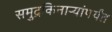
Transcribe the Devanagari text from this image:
समुद्रकिनार्‍यांपर्यंत